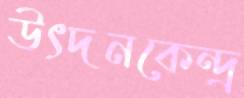
উৎদনকেন্দ্র